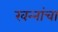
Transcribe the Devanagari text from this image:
खन्‍नांचा